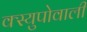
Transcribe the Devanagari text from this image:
क्स्युपोवाली